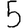
Digit: 5